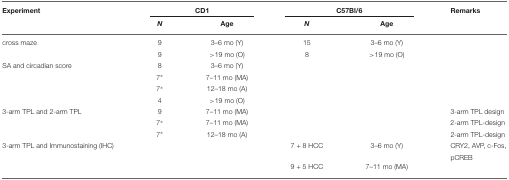
<table><thead><tr><td><b>Experiment</b></td><td colspan="2"><b>CD1</b></td><td colspan="2"><b>C57Bl/6</b></td><td><b>Remarks</b></td></tr><tr><td></td><td><b><i>N</i></b></td><td><b>Age</b></td><td><b><i>N</i></b></td><td><b>Age</b></td></tr></thead><tbody><tr><td>cross maze</td><td>9</td><td>3–6 mo (Y)</td><td>15</td><td>3–6 mo (Y)</td></tr><tr><td></td><td>9</td><td>&gt;19 mo (O)</td><td>8</td><td>&gt;19 mo (O)</td></tr><tr><td>SA and circadian score</td><td>8</td><td>3–6 mo (Y)</td></tr><tr><td></td><td>7*</td><td>7–11 mo (MA)</td></tr><tr><td></td><td>7*</td><td>12–18 mo (A)</td></tr><tr><td></td><td>4</td><td>&gt;19 mo (O)</td></tr><tr><td>3-arm TPL and 2-arm TPL</td><td>9</td><td>7–11 mo (MA)</td><td></td><td></td><td>3-arm TPL design</td></tr><tr><td></td><td>7*</td><td>7–11 mo (MA)</td><td></td><td></td><td>2-arm TPL-design</td></tr><tr><td></td><td>7*</td><td>12–18 mo (A)</td><td></td><td></td><td>2-arm TPL-design</td></tr><tr><td>3-arm TPL and Immunostaining (IHC)</td><td></td><td></td><td>7 + 8 HCC</td><td>3–6 mo (Y)</td><td>CRY2, AVP, c-Fos,</td></tr><tr><td></td><td></td><td></td><td></td><td></td><td>pCREB</td></tr><tr><td></td><td></td><td></td><td>9 + 5 HCC</td><td>7–11 mo (MA)</td></tr></tbody></table>